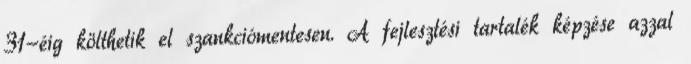
31-éig költhetik el szankciómentesen. A fejlesztési tartalék képzése azzal